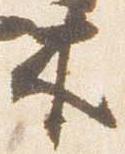
木